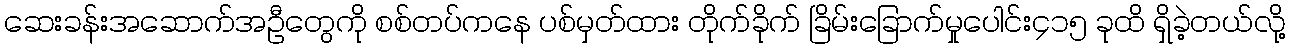
ဆေးခန်းအဆောက်အဦတွေကို စစ်တပ်ကနေ ပစ်မှတ်ထား တိုက်ခိုက် ခြိမ်းခြောက်မှုပေါင်း၄၁၅ ခုထိ ရှိခဲ့တယ်လို့